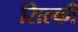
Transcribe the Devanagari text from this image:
सिल्की